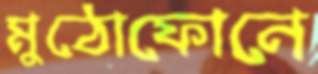
মুঠোফোনে